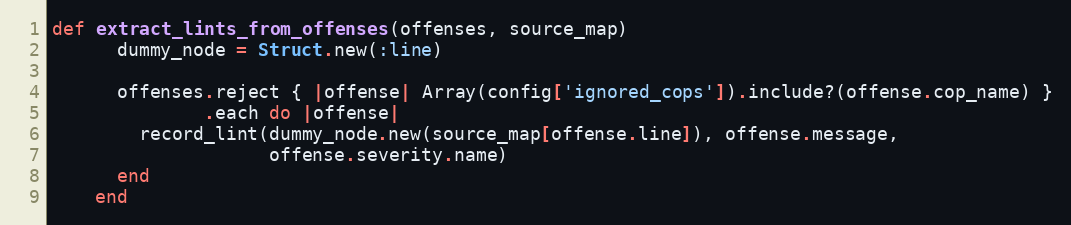
Language: Ruby
def extract_lints_from_offenses(offenses, source_map)
      dummy_node = Struct.new(:line)

      offenses.reject { |offense| Array(config['ignored_cops']).include?(offense.cop_name) }
              .each do |offense|
        record_lint(dummy_node.new(source_map[offense.line]), offense.message,
                    offense.severity.name)
      end
    end